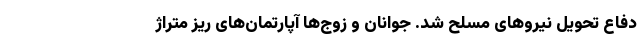
دفاع تحویل نیروهای مسلح شد. جوانان و زوج‌ها آپارتمان‌های ریز متراژ